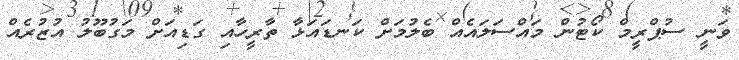
ވަނީ ސުޕްރީމް ކޯޓުން މައްސަލައެއް ބެލުމަށް ކަނޑައަޅާ ތާރީހާއި ގަޑިއަށް މަގުބޫލު އުޒުރެއް